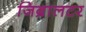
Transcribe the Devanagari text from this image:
जिब्रालटर